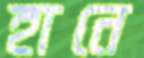
হানে